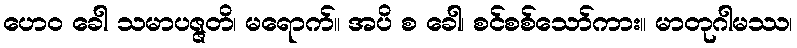
ဟေဝ ခေါ သမာပဇ္ဇတိ၊ မရောက်။ အပိ စ ခေါ၊ စင်စစ်သော်ကား။ မာတုဂါမဿ၊